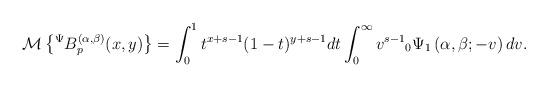
LaTeX: \begin{align*}\mathcal{M}\left\lbrace {}^{\Psi}B_{p}^{(\alpha,\beta)}(x,y)\right\rbrace =\int_{0}^{1}t^{x+s-1}(1-t)^{y+s-1}dt\int_{0}^{\infty}v^{s-1}{}_{0}\Psi_{1}\left( \alpha,\beta;-v\right)dv.\end{align*}